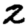
Digit: 2